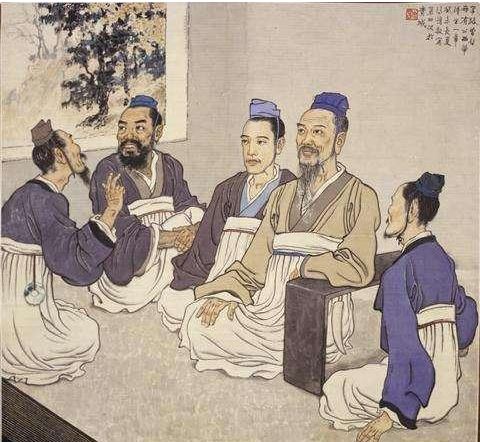
四海皆兄弟，谁为行路人。